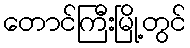
တောင်ကြီးမြို့တွင်